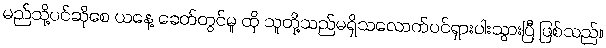
မည်သို့ပင်ဆိုစေ ယနေ့ ခေတ်တွင်မူ ထို သူတို့သည်မရှိသလောက်ပင်ရှားပါးသွားပြီ ဖြစ်သည်။